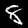
Digit: 8